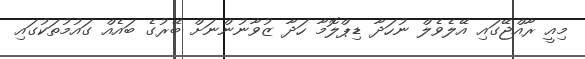
މިއީ ރާއްޖޭގައި އޭލެވެލް ނުހަދާ ޑިޕްލޮމާ ހަދާ ޒުވާނުންނަށް ބޭރުގެ ބައެއް ގައުމުތަކުގައި